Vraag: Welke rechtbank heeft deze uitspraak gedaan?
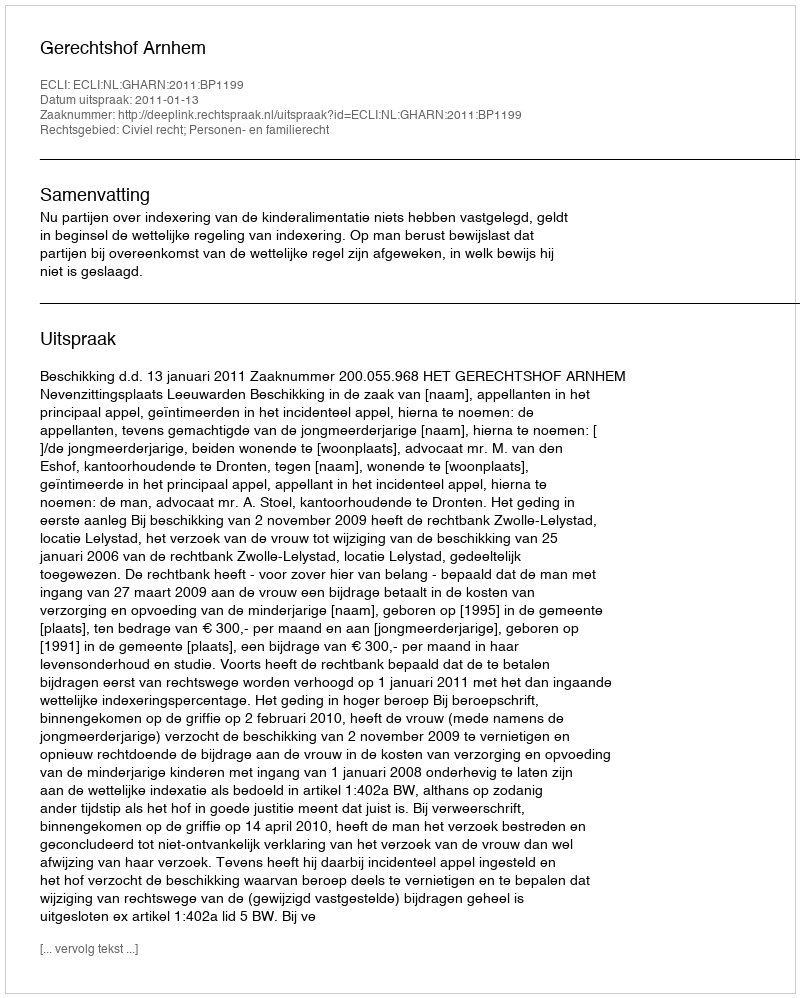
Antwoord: Gerechtshof Arnhem